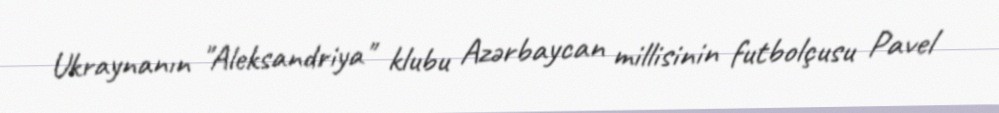
Ukraynanın "Aleksandriya" klubu Azərbaycan millisinin futbolçusu Pavel